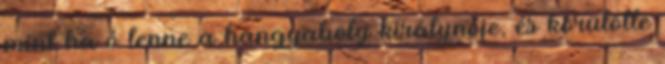
mint ha ő lenne a hangyaboly királynője, és körülötte